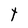
Character: t